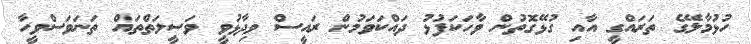
ހުޅުމާލޭގެ ތަރައްގީ އާއި ގުޅޭގޮތުން ވާހަކަފުޅު ދައްކަވަމުން ރައީސް ވިދާޅުވީ ވަސީލަތްތައް ތަނަވަސްވީހާ